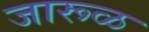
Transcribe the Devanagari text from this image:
जारूळ